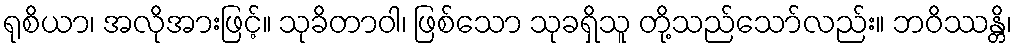
ရုစိယာ၊ အလိုအားဖြင့်။ သုခိတာဝါ၊ ဖြစ်သော သုခရှိသူ တို့သည်သော်လည်း။ ဘဝိဿန္တိ၊